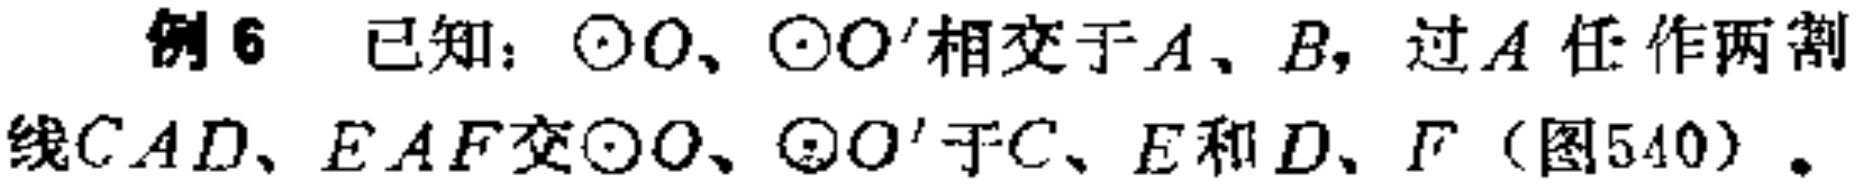
例6 已知：$\odot O$、$\odot O'$相交于$A$、$B$，过$A$任作两割线$CAD$、$EAF$交$\odot O$、$\odot O'$于$C$、$E$和$D$、$F$（图540）。